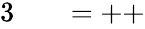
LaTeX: \begin{array}{rlrl}{{3}}&{{}}&{=++}\end{array}